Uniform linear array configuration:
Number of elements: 32
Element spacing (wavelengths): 0.25
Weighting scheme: blackman
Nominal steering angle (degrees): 60
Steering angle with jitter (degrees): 60.596
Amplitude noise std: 0.05
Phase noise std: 0.05

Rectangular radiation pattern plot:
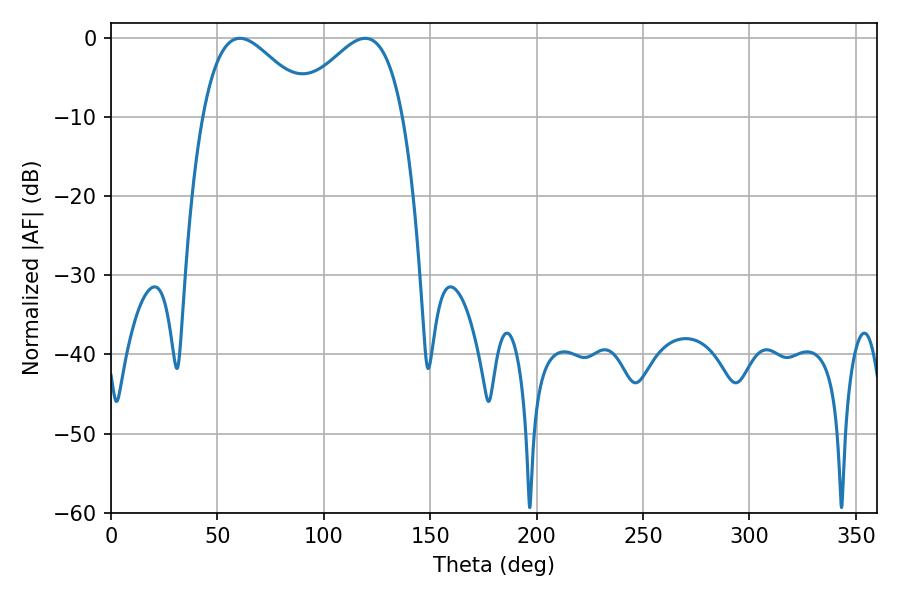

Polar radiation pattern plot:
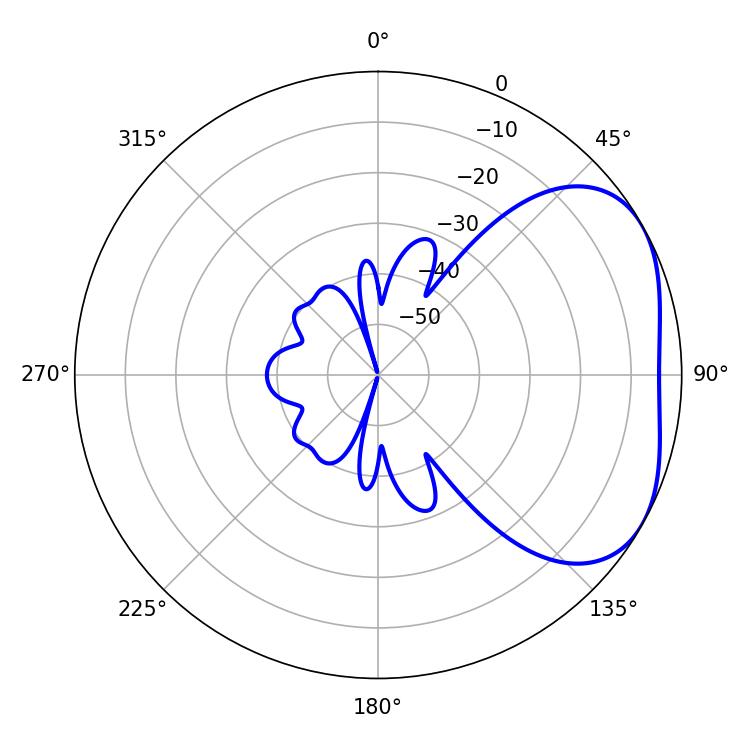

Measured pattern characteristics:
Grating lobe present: FALSE
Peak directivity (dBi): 3.436
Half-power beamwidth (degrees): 27.54
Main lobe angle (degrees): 60.48